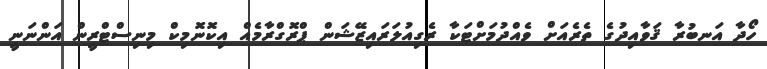
ހޯދާ އަނބުރާ ޤަވާއިދުގެ ތެރެއަށް ވެއްދުމަށްޓަކާ ރެގިއުލަރައިޒޭޝަން ޕްރޮގްރާމެއް އިކޮނޮމިކް މިނިސްޓްރީން އަންނަނީ